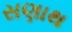
સણાથ